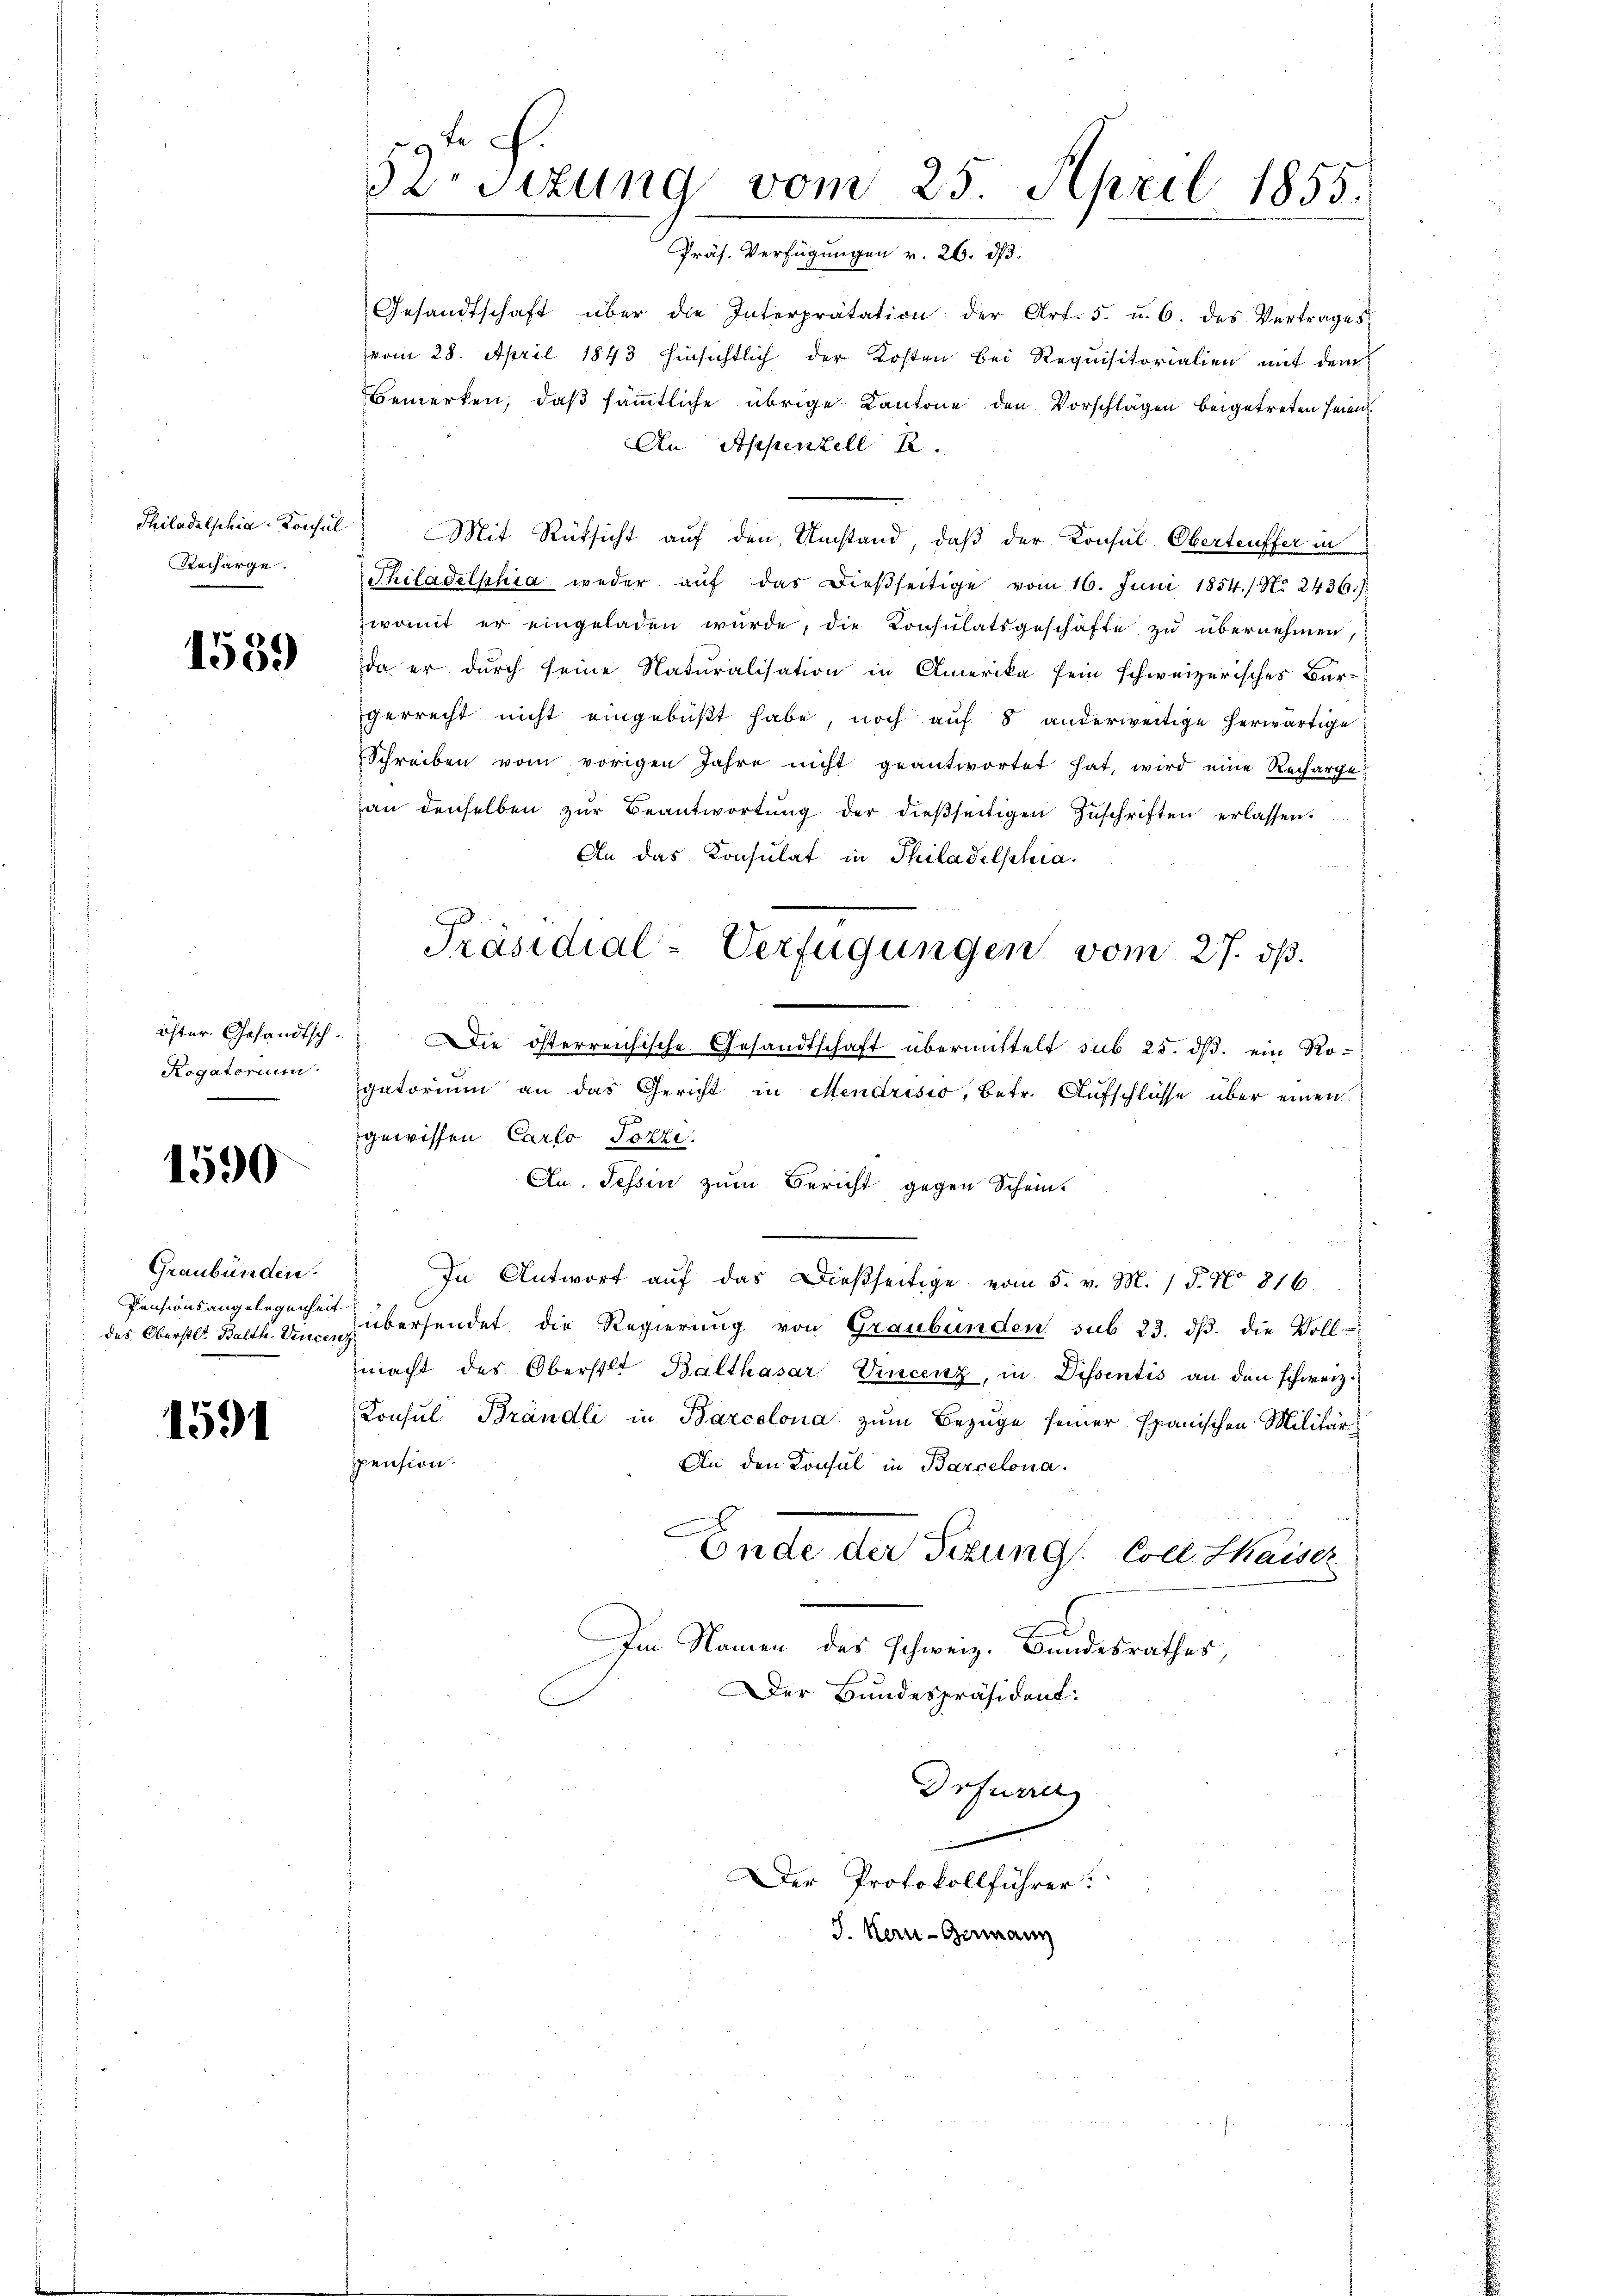
Philadelphia-Konsul
Recharge.

1539

öster. Gesandtsch.
Rogatorium

1590

Graubünden.
Pensionsangelegenheit

1591

e
52. Sitzung vom 25. April 1855.
Präs. Verfügungen v. 26. ds.

Gesandtschaft über die Interprätation der Art. 5. u. 6. des Vertrages
vom 28. April 1843 hinsichtlich der Kosten bei Requisitorialien mit dem
Bemerken, daß sämmtliche übrige Kantone den Vorschlägen beigetreten seien
An Appenzell 2.
Mit Rüksicht auf den Umstand, daß der Konsul Oberteuffer in
Philadelphia weder aŭf das dießseitige vom 16. Juni 1854./ N. 2436.)
womit er eingeladen wurde, die Konsulatsgeschäfte zu übernehmen,
da er durch seine Naturalisation in Amerika sein schweizerisches Bür-
gerrecht nicht eingebüßt habe, noch auf 8 anderweitige herwärtige
Schreiben vom vorigen Jahre nicht geantwortet hat, wird eine Recharge
an denselben zŭr Beantwortŭng der dießseitigen Zuschriften erlassen.
An das Konsulat in Philadelphia
.
Die österreichische Gesandtschaft übermittelt sub 25. dß. ein Ro-
gatorium an das Gericht in Mendrisio, betr. Aufschlüsse über einen
gewissen Carlo Tozze
An. Tessin zum Bericht gegen Schein.
In Antwort auf das dießseitige vom 5. v. M. P. No 816
des Oberstl. Balth. An übersendet die Regierŭng von Graubünden sub 23. dβ. die Voll-
macht des Oberstet Balthasar Vincenz, in Dissentis an den schweiz.
Konsul Brändli in Barcolona zŭm Bezüge seiner spanischen Militär-
spension.
An den Konsul in Barcelona
Ende der Fizung Coel thaiser
d
Im Namen des Schweiz. Bundesrathes,
Der Bundespräsident:
Drfurrer
.
Der Protokollführer:
J. Kern-Germann

Präsidial-Verfügungen vom 27. dß.